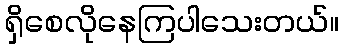
ရှိစေလိုနေကြပါသေးတယ်။